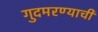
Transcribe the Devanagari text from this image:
गुदमरण्याची